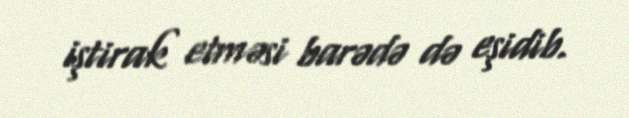
iştirak etməsi barədə də eşidib.